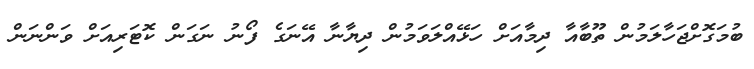
ބުމަގޮށްޖަހާލަމުން ތޫބާއާ ދިމާއަށް ހަޅޭއްލަވަމުން ދިޔާނާ އޭނަގެ ފޯނު ނަގަން ކޮޓަރިއަށް ވަންނަން